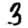
Digit: 3